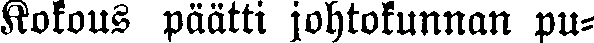
Kokous päätti johtokunnan pu-